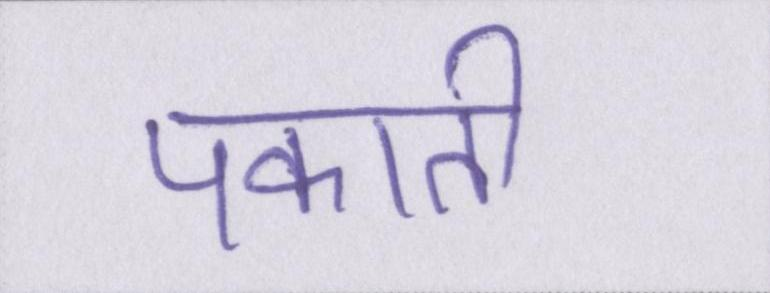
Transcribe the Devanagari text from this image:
पकाती